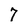
Character: 7